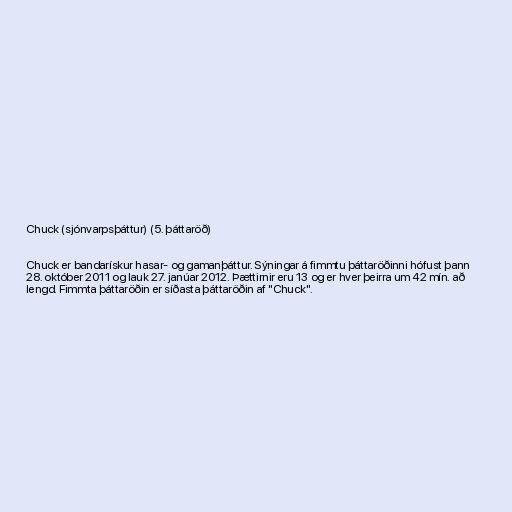
Chuck (sjónvarpsþáttur) (5. þáttaröð)

Chuck er bandarískur hasar- og gamanþáttur. Sýningar á fimmtu þáttaröðinni hófust þann
28. október 2011 og lauk 27. janúar 2012. Þættirnir eru 13 og er hver þeirra um 42 mín. að
lengd. Fimmta þáttaröðin er síðasta þáttaröðin af "Chuck".